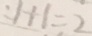
: 1 + 1 = 2